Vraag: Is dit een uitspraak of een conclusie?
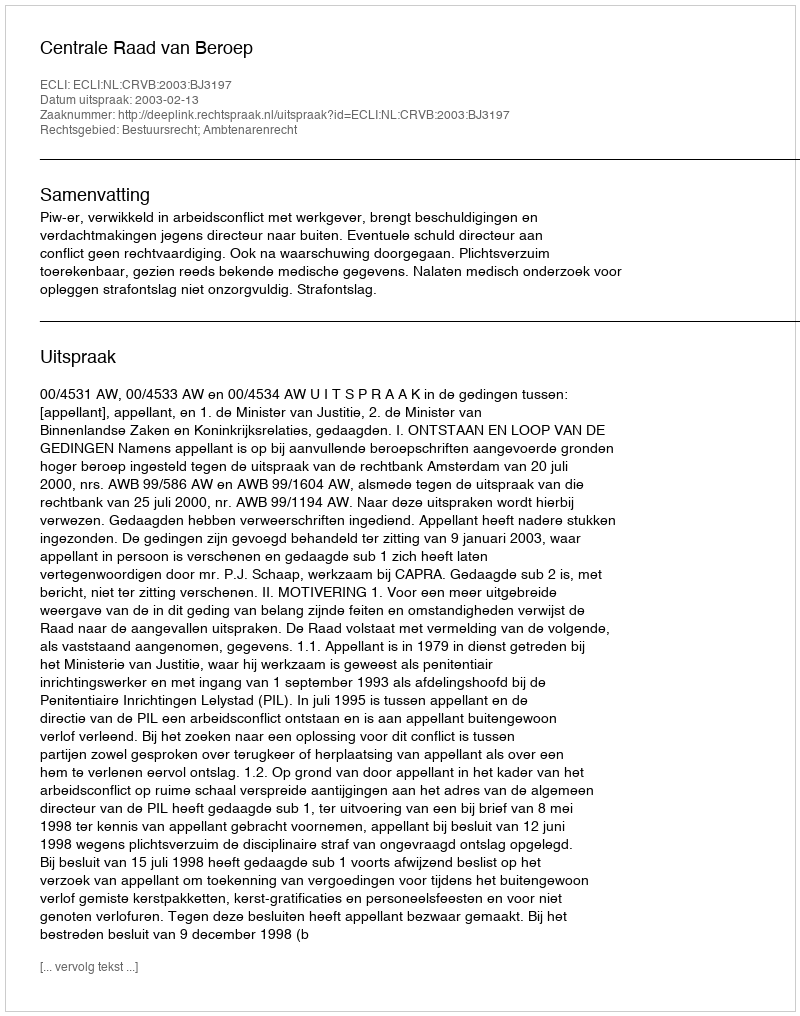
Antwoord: Uitspraak